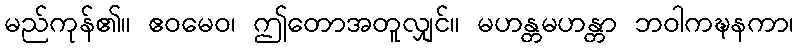
မည်ကုန်၏။ ဧဝမေဝ၊ ဤတောအတူလျှင်။ မဟန္တမဟန္တာ ဘဝါကဍ္ဎနကာ၊